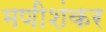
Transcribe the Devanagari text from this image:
मणीशंकर